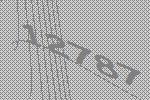
12787